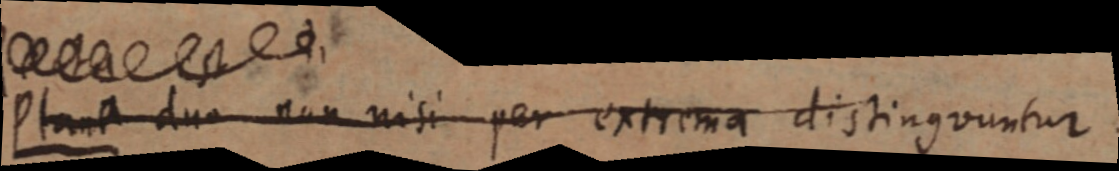
Plana duo non nisi per extrema distingvuntur